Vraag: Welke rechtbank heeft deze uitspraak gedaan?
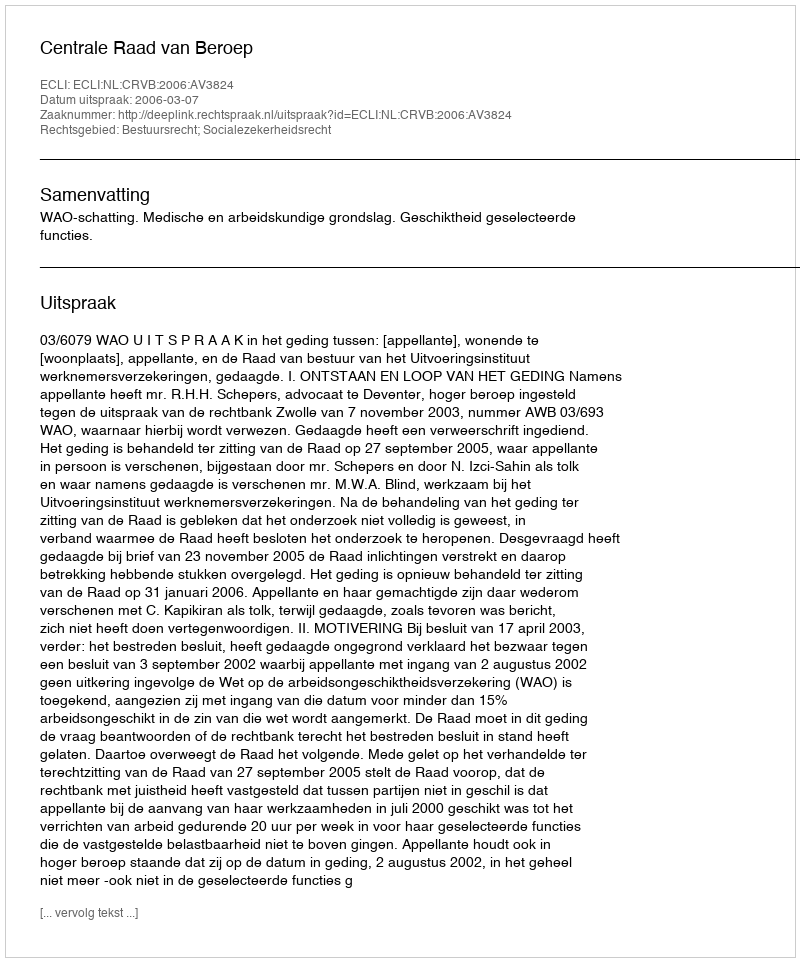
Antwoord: Centrale Raad van Beroep